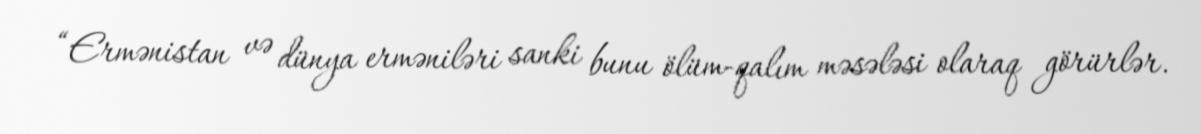
“Ermənistan və dünya erməniləri sanki bunu ölüm-qalım məsələsi olaraq görürlər.